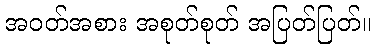
အဝတ်အစား အစုတ်စုတ် အပြတ်ပြတ်။